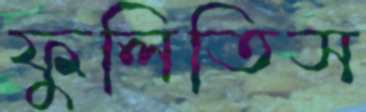
ফুলিতিস